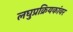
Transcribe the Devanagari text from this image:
लघुप्रक्रियकांवर